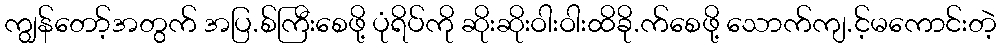
ကျွန်တော့်အတွက် အပြ.စ်ကြီးစေဖို့ ပုံရိပ်ကို ဆိုးဆိုးဝါးဝါးထိခို.က်စေဖို့ သောက်ကျ.င့်မကောင်းတဲ့